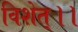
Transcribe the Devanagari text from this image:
विशेत्।।